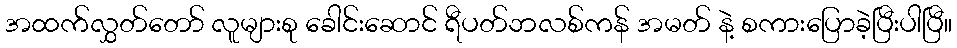
အထက်လွှတ်တော် လူများစု ခေါင်းဆောင် ရီပတ်ဘလစ်ကန် အမတ် နဲ့ စကားပြောခဲ့ပြီးပါပြီ။